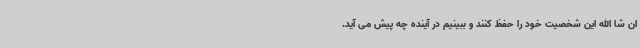
ان شا الله این شخصیت خود را حفظ کنند و ببینیم در آینده چه پیش می آید.